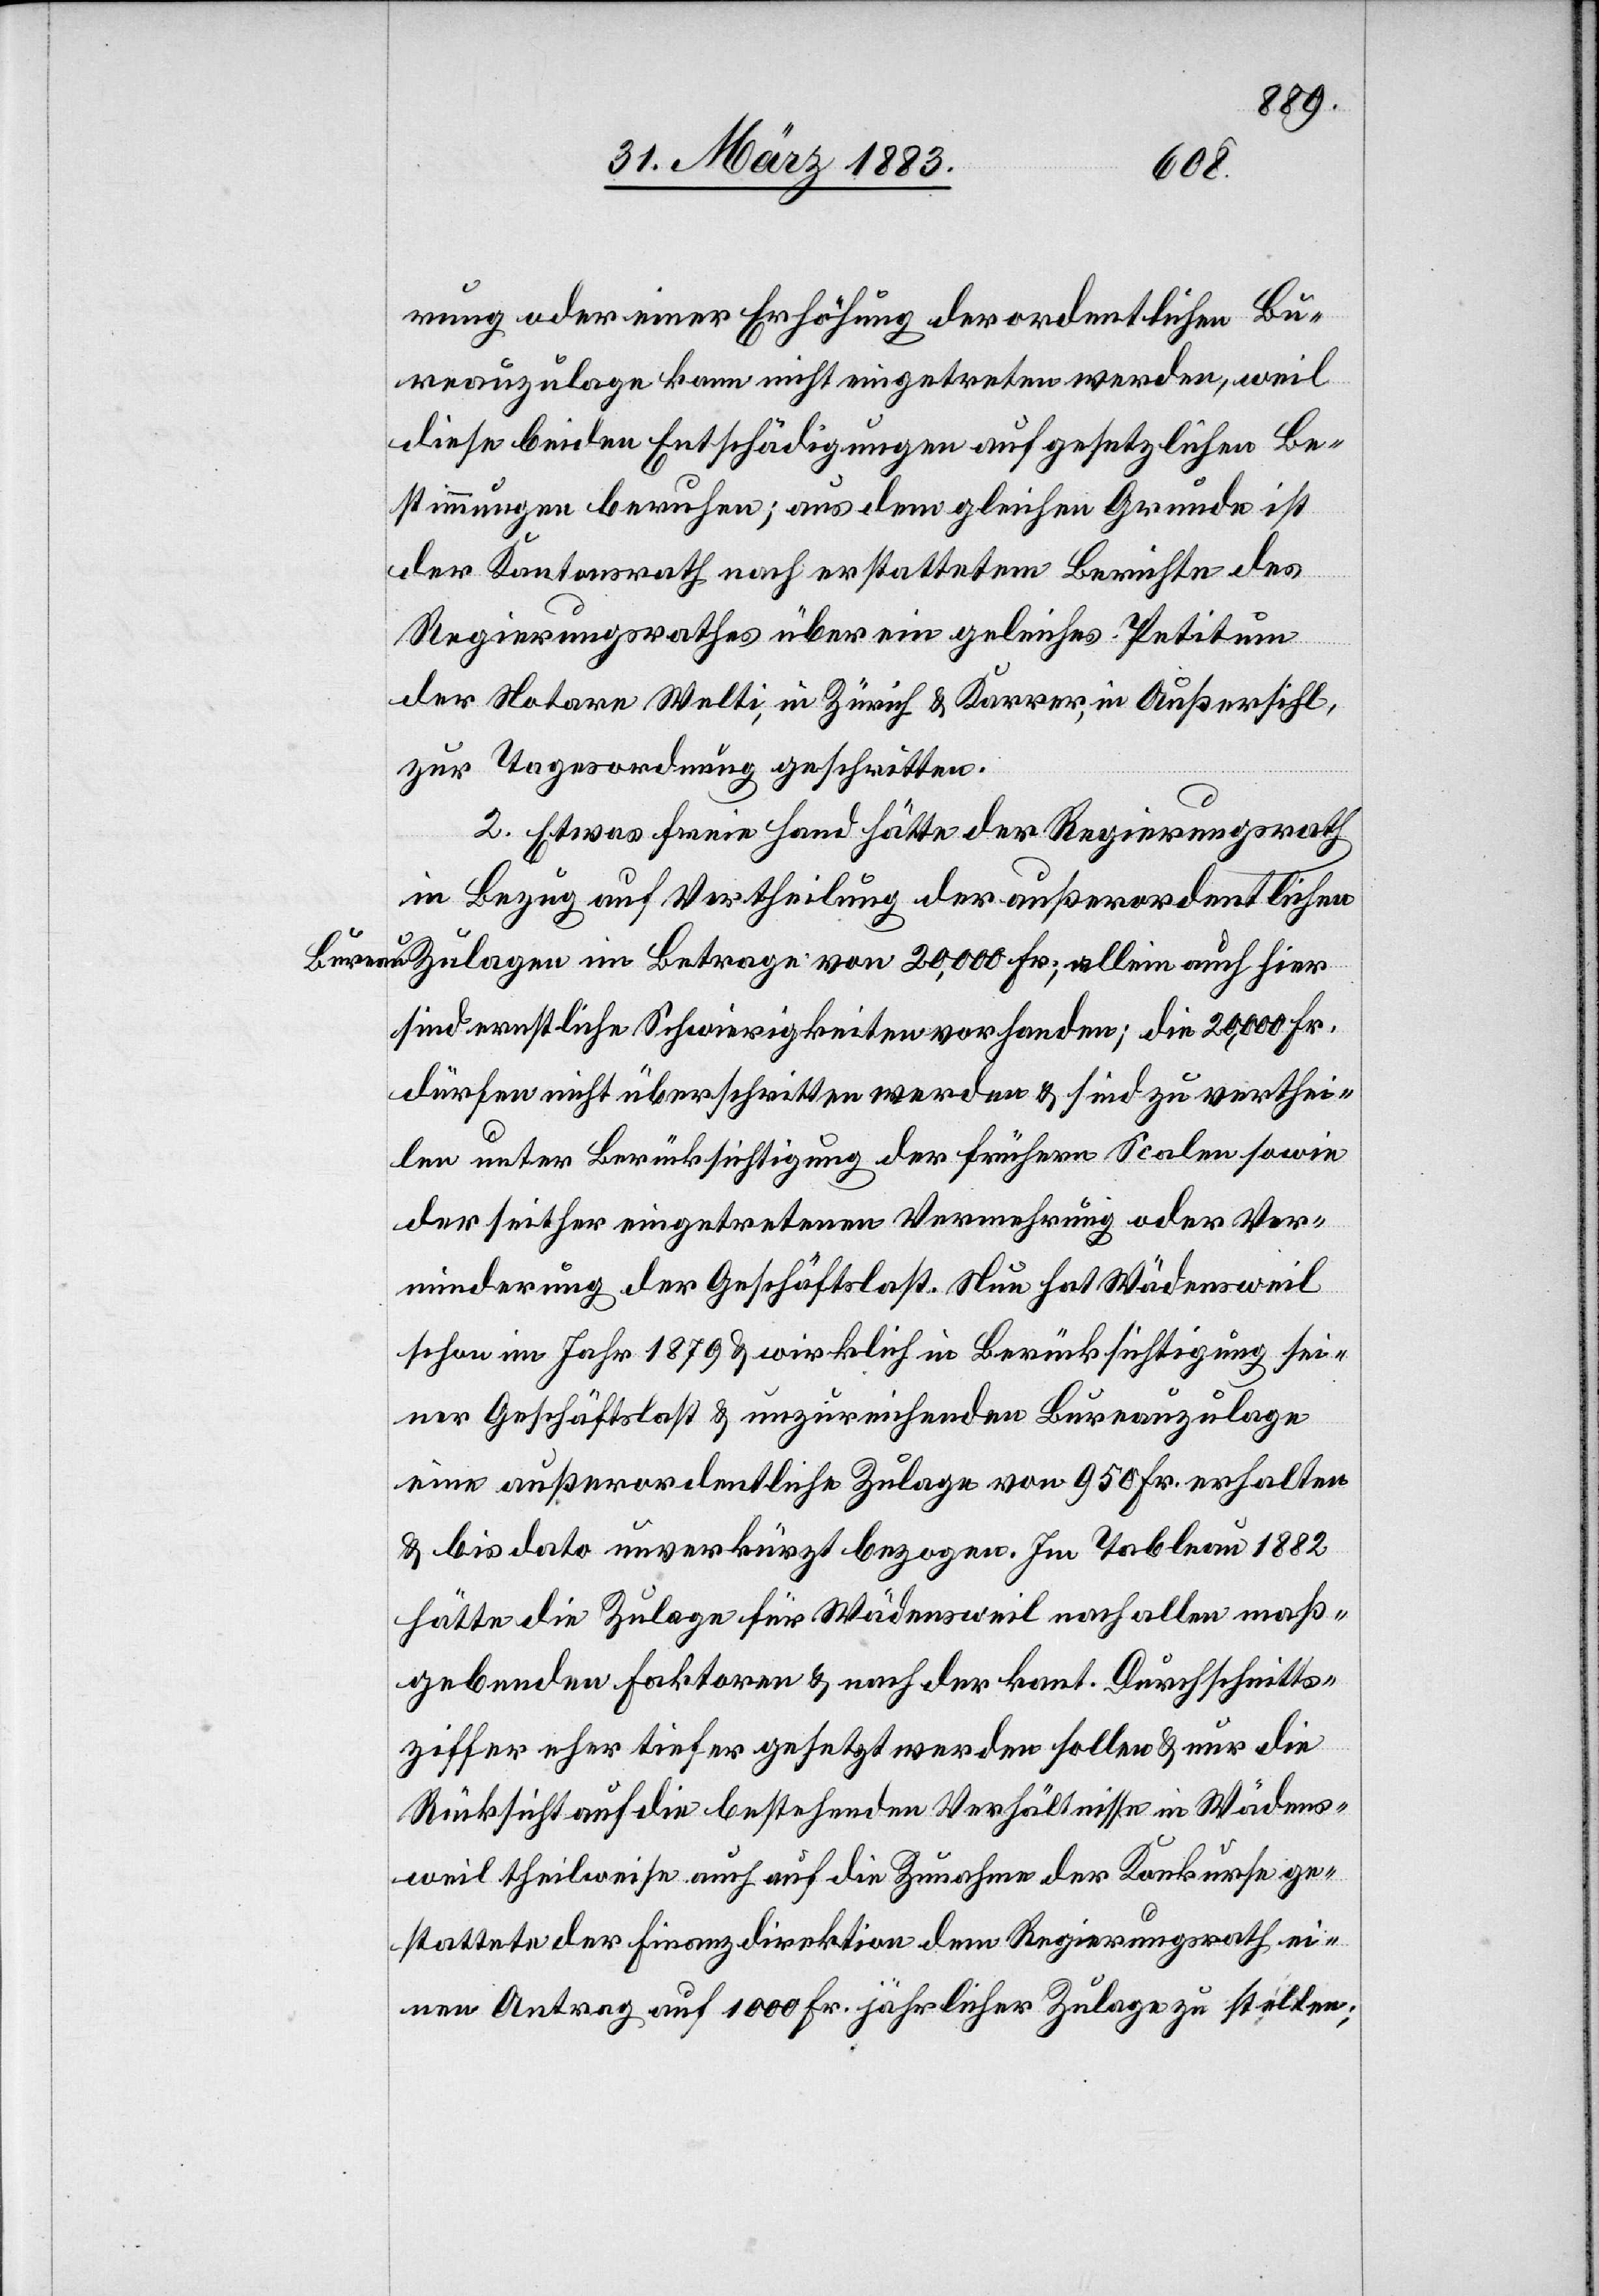
rung oder einer Erhöhung der ordentlichen Bu¬
reauzulagen kann nicht eingetreten werden, weil
diese beiden Entschädigungen auf gesetzlichen Be¬
stimmungen beruhen; aus dem gleichen Grunde ist
der Kantonsrath nach erstattetem Berichte des
Regierungsrathes über ein geleiches [sic!] Petitum
der Notare Welti, in Zürich & Karrer, in Außersihl,
zur Tagesordnung geschritten.
2. Etwas freie Hand hätte der Regierungsrath
in Bezug auf Vertheilung der außerordentlichen
Bureauzulagen im Betrage von 20,000 Fr., allein auch hier
sind ernstliche Schwierigkeiten vorhanden; die 20,000 Fr.
dürfen nicht überschritten werden & sind zu verthei¬
len unter Berücksichtigung der frühern Scalen sowie
der seither eingetretenen Vermehrung oder Ver¬
minderung der Geschäftslast. Nun hat Wädensweil
schon im Jahr 1879 wirklich in Berücksichtigung sei¬
ner Geschäftslast & unzureichender Bureauzulage
eine außerordentliche Zulage von 950 Fr. erhalten
& bis dato unverkürzt bezogen. Im Tableau 1882
hätte die Zulage für Wädensweil nach allen maß¬
gebenden Faktoren & nach der kant. Durchschnitts¬
ziffer eher tiefer gesetzt werden sollen & nur die
Rücksicht auf die bestehenden Verhältnisse in Wädens¬
weil theilweise auch auf die Zunahme der Konkurse ge¬
stattete der Finanzdirektion dem Regierungsrath ei¬
nen Antrag auf 1000 Fr. jährliche Zulage zu stellen;